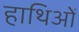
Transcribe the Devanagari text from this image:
हाथिओं